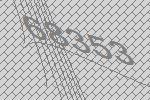
68353